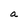
Character: a